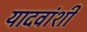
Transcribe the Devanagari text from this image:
यादवांशी